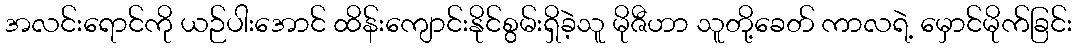
အလင်းရောင်ကို ယဉ်ပါးအောင် ထိန်းကျောင်းနိုင်စွမ်းရှိခဲ့သူ မိုဇီဟာ သူတို့ခေတ် ကာလရဲ့ မှောင်မိုက်ခြင်း